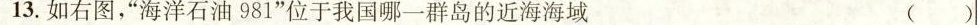
13.如右图，”海洋石油981”位于我国哪一群岛的近海海域 ( )